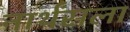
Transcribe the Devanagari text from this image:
नार्थंसला